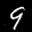
Label: 9